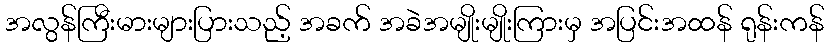
အလွန်ကြီးမားများပြားသည့် အခက် အခဲအမျိုးမျိုးကြားမှ အပြင်းအထန် ရုန်းကန်